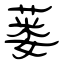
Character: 蒌